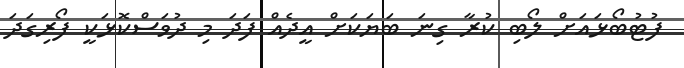
ފުޓުބޯޅައަށް ލޯބި ކުރާ ގިނަ ބަޔަކަށް އީދެއް ފަދަ މި ދުވަސްކޮޅަކީ ފޯރިގަދަ